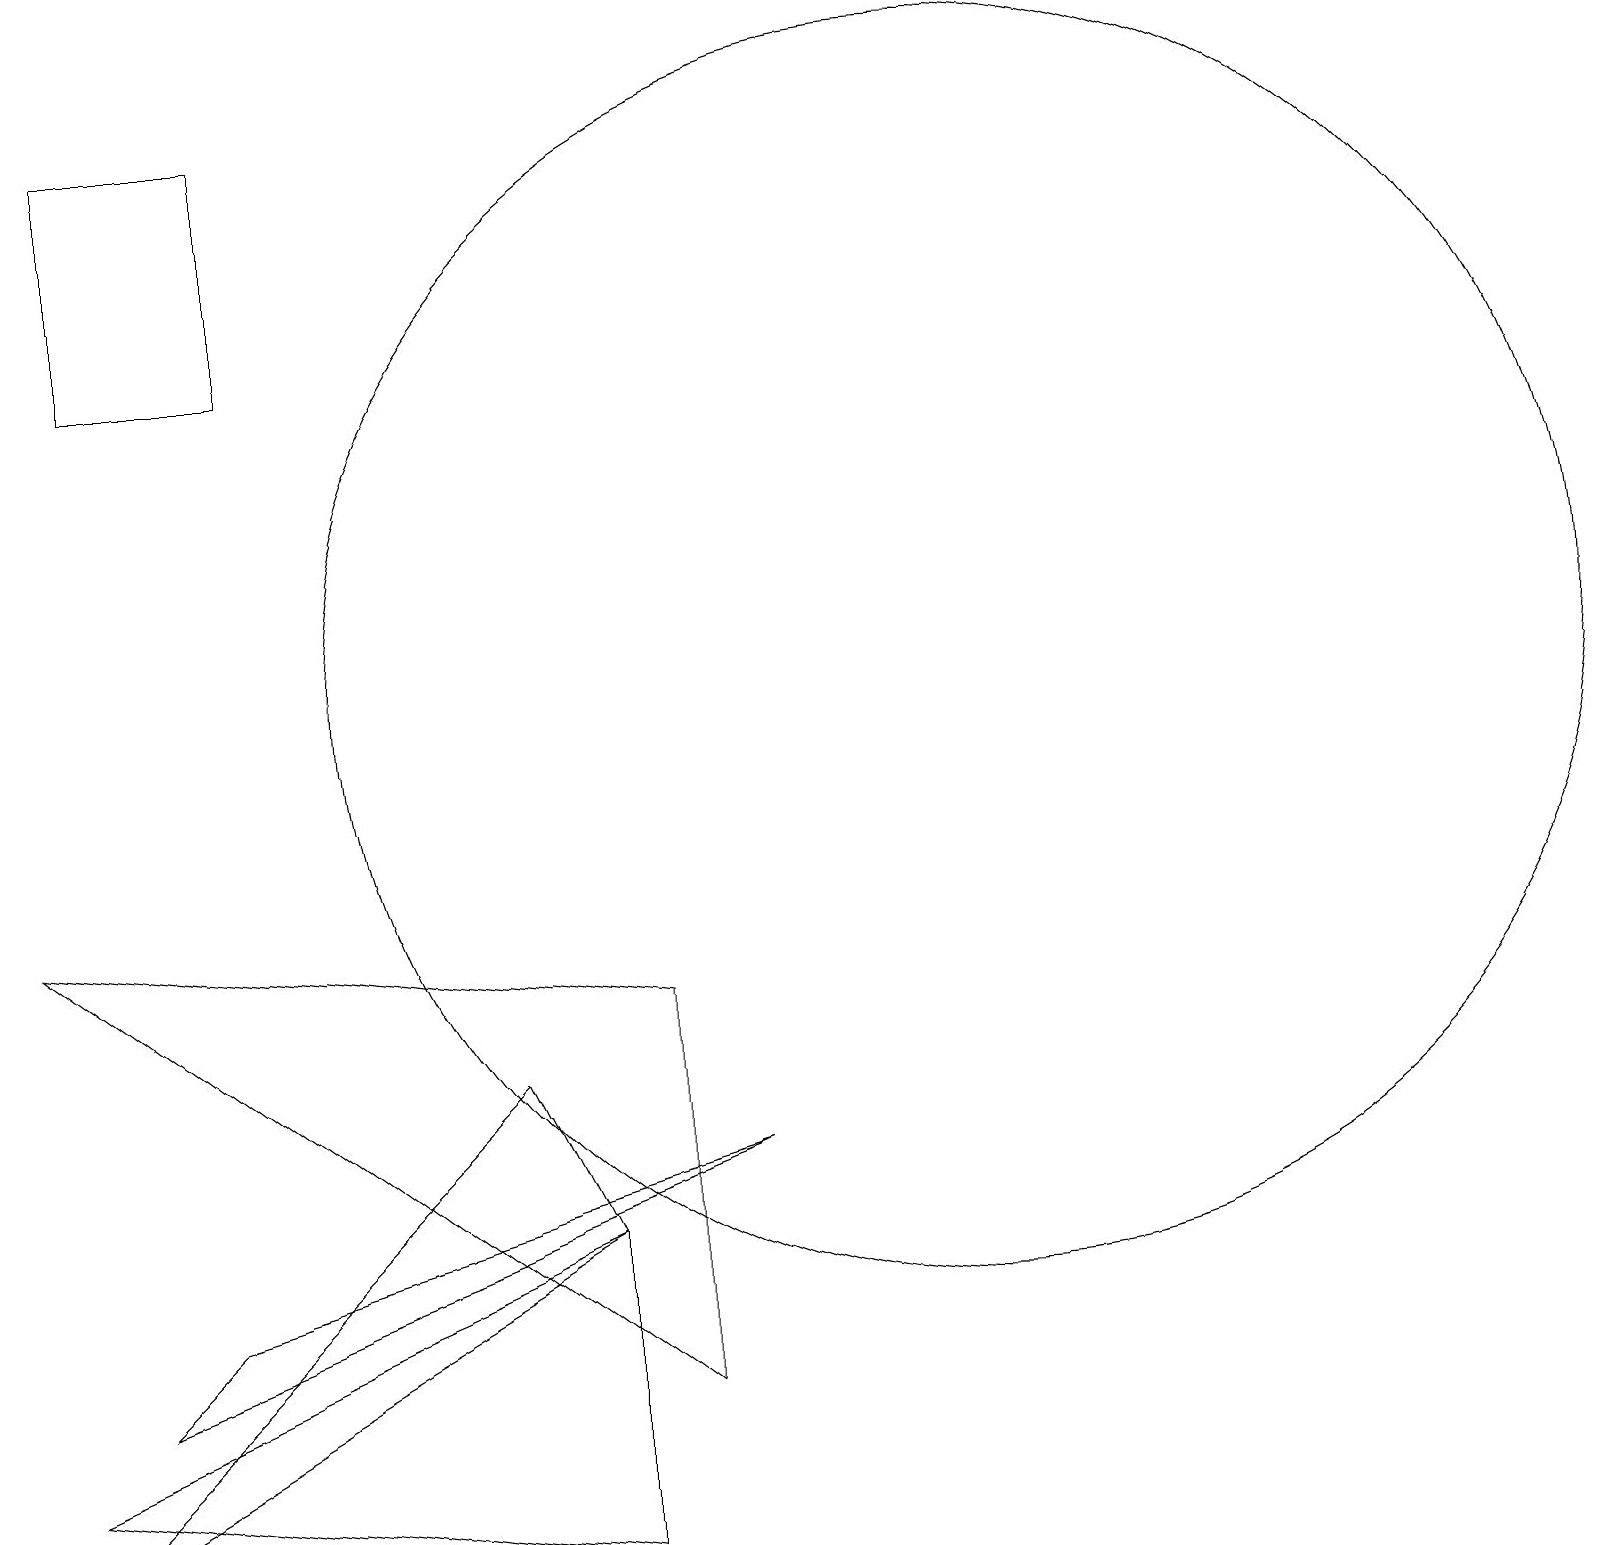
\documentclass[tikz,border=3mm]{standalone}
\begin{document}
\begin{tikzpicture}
\draw (10,11) circle (0);
\draw (8,2) -- (8,7) -- (0,8) -- cycle;
\draw (1,15) rectangle (3,18);
\draw (6,6) -- (7,4) -- (0,0) -- cycle;
\draw (12,11) circle (8);
\draw (0,1) -- (7,0) -- (7,4) -- cycle;
\draw (1,2) -- (2,3) -- (9,5) -- cycle;
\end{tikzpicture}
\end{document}